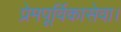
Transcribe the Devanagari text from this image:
प्रेमपूर्विकासेवा।